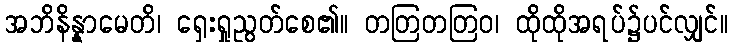
အဘိနိန္နာမေတိ၊ ရှေးရှုညွတ်စေ၏။ တတြတတြဝ၊ ထိုထိုအရပ်၌ပင်လျှင်။